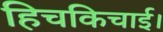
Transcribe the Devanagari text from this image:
हिचकिचाई।